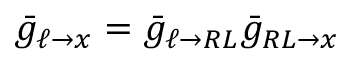
\bar { g } _ { \ell \to x } = \bar { g } _ { \ell \to R L } \bar { g } _ { R L \to x }